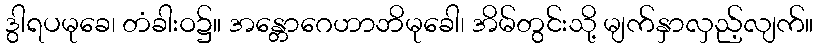
ဒွါရပမုခေ၊ တံခါးဝ၌။ အန္တောဂေဟာဘိမုခေါ၊ အိမ်တွင်းသို့ မျက်နှာလှည့်လျက်။